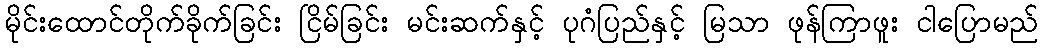
မိုင်းထောင်တိုက်ခိုက်ခြင်း ငြိမ်ခြင်း မင်းဆက်နှင့် ပုဂံပြည်နှင့် မြသာ ဖုန်ကြာဖူး ငါပြောမည်